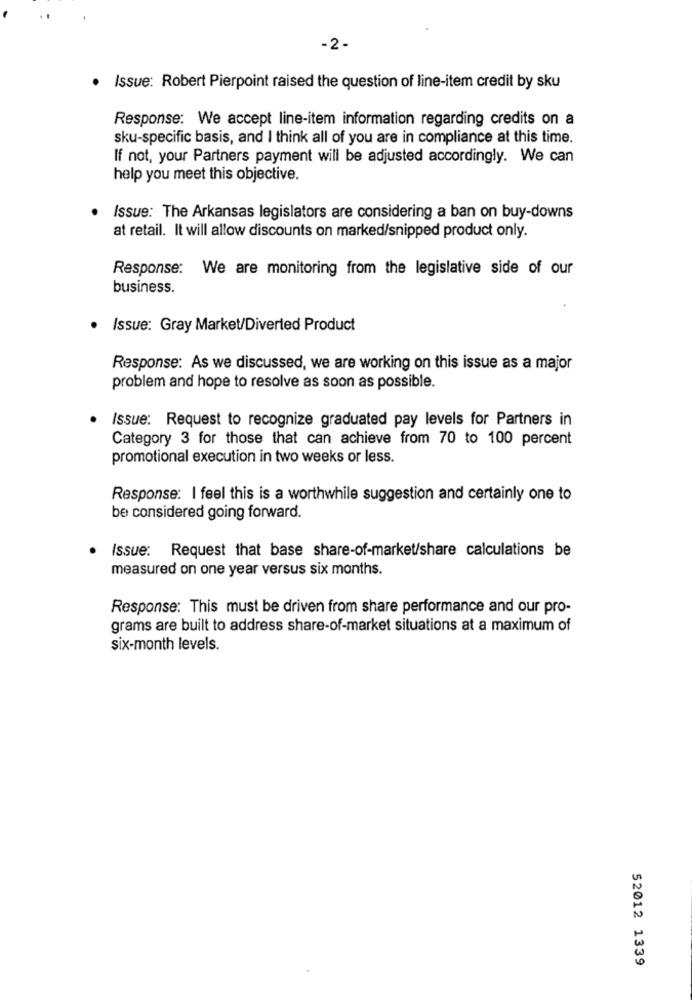
-2-
Issue: Robert Pierpoint raised the question of line-item credit by sku
Response: We accept line-item information regarding credits on a
sku-specific basis, and I think all of you are in compliance at this time.
If not, your Partners payment will be adjusted accordingly. We can
help you meet this objective.
Issue: The Arkansas legislators are considering a ban on buy-downs
at retail. It will allow discounts on marked/snipped product only.
Response:
We are monitoring from the legislative side of our
business.
Issue: Gray Market/Diverted Product
Response: As we discussed, we are working on this issue as a major
problem and hope to resolve as soon as possible.
Issue: Request to recognize graduated pay levels for Partners in
Category 3 for those that can achieve from 70 to 100 percent
promotional execution in two weeks or less.
Response: I feel this is a worthwhile suggestion and certainly one to
be considered going forward.
Issue: Request that base share-of-market/share calculations be
measured on one year versus six months.
Response: This must be driven from share performance and our pro-
grams are built to address share-of-market situations at a maximum of
six-month levels.
52012 1339